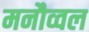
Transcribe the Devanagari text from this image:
मनौव्वल